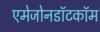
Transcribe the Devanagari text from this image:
एमेजोनडॉटकॉम